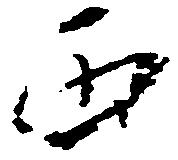
両